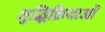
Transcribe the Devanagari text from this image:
शुद्धिक्रियाओं